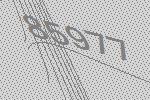
85977